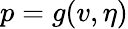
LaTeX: p=g(v,\eta)